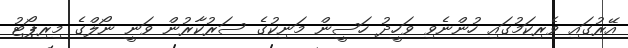
އޭރުގައި ވެރިކަމުގައި ހުންނެވި ވަހީދު ހަސީން މަނިކުގެ ސަރުކާރުން ވަނީ ނޯލްގެ މިރިޕޯޓު